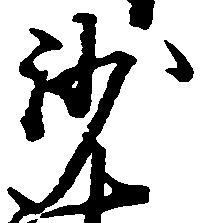
沙